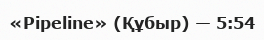
«Pipeline» (Құбыр) — 5:54